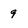
Character: 9